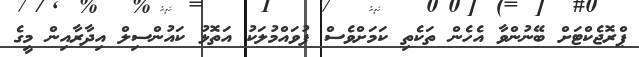
ޕްރޮޖެކްޓަށް ބޭނުންވާ އެހެން ތަކެތި ކަމަށްވެސް ފުވައްމުލަކު އަތޮޅު ކައުންސިލް އިދާރާއިން މީގެ